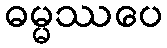
ဓမ္မဿပေ